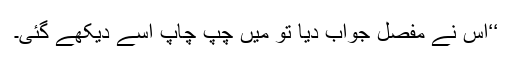
‘‘اس نے مفصل جواب دیا تو میں چپ چاپ اسے دیکھے گئی۔